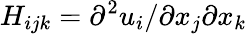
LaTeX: H_{ijk}=\partial^{2}u_{i}/\partial x_{j}\partial x_{k}